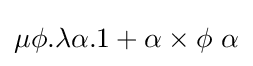
\mu \phi .\lambda \alpha .1+\alpha \times \phi \ \alpha